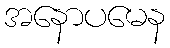
အနောပမေန